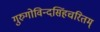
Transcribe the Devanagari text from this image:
गुरुगोविन्दसिंहचरितम्